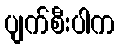
ပျက်စီးပါက